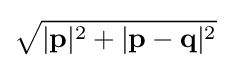
{\sqrt {|\mathbf {p} |^{2}+|\mathbf {p} -\mathbf {q} |^{2}}}